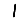
Digit: 1